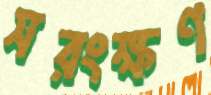
সরংক্ষণ